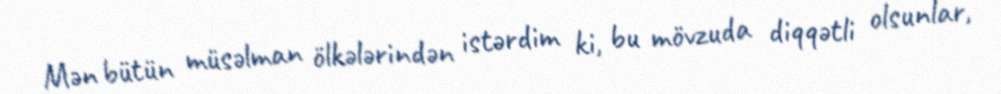
Mən bütün müsəlman ölkələrindən istərdim ki, bu mövzuda diqqətli olsunlar,